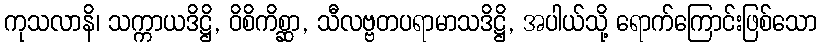
ကုသလာနိ၊ သက္ကာယဒိဋ္ဌိ, ဝိစိကိစ္ဆာ, သီလဗ္ဗတပရာမာသဒိဋ္ဌိ, အပါယ်သို့ ရောက်ကြောင်းဖြစ်သော